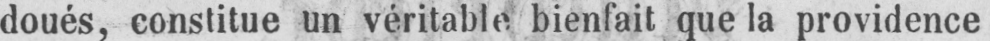
doués, constitue un véritable bienfait que la providence